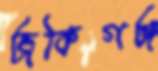
জকিগঞ্জ